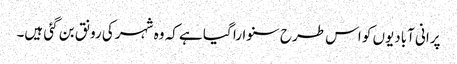
پرانی آبادیوں کو اس طرح سنوارا گیا ہے کہ وہ شہر کی رونق بن گئی ہیں۔